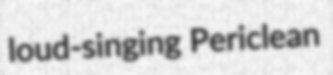
loud-singing Periclean